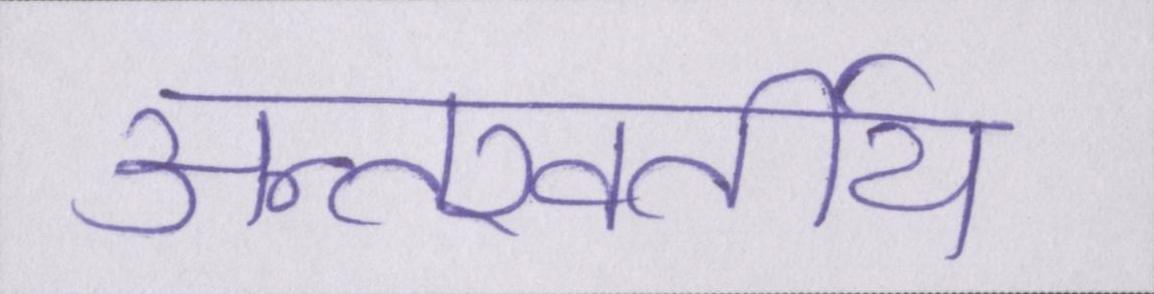
अन्तरवर्तीय